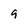
Character: 9